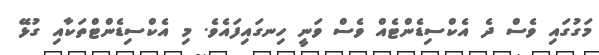
މަގުގައި ވެސް ދެ އެކްސިޑެންޓެއް ވެސް ވަނީ ހިނގައިފައެވެ. މި އެކްސިޑެންޓްތަކާއި ގުޅޭ